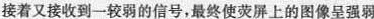
接着又接收到一较弱的信号，最终使荧屏上的图像呈强弱